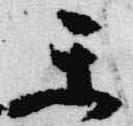
楽